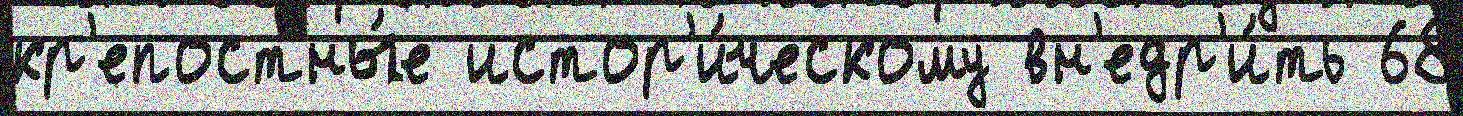
кр'епостны́е истор'и́ческому вн'едр'и́ть 68